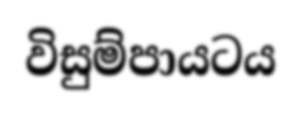
විසුම්පායටය